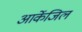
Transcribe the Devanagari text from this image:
आर्केजिल